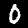
Label: 0